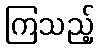
ကြသည့်